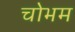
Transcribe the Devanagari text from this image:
चोभम